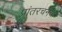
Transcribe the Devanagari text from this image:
प्रांतरचनेचे